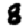
Digit: 8